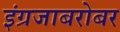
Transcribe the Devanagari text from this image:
इंग्रजाबरोबर